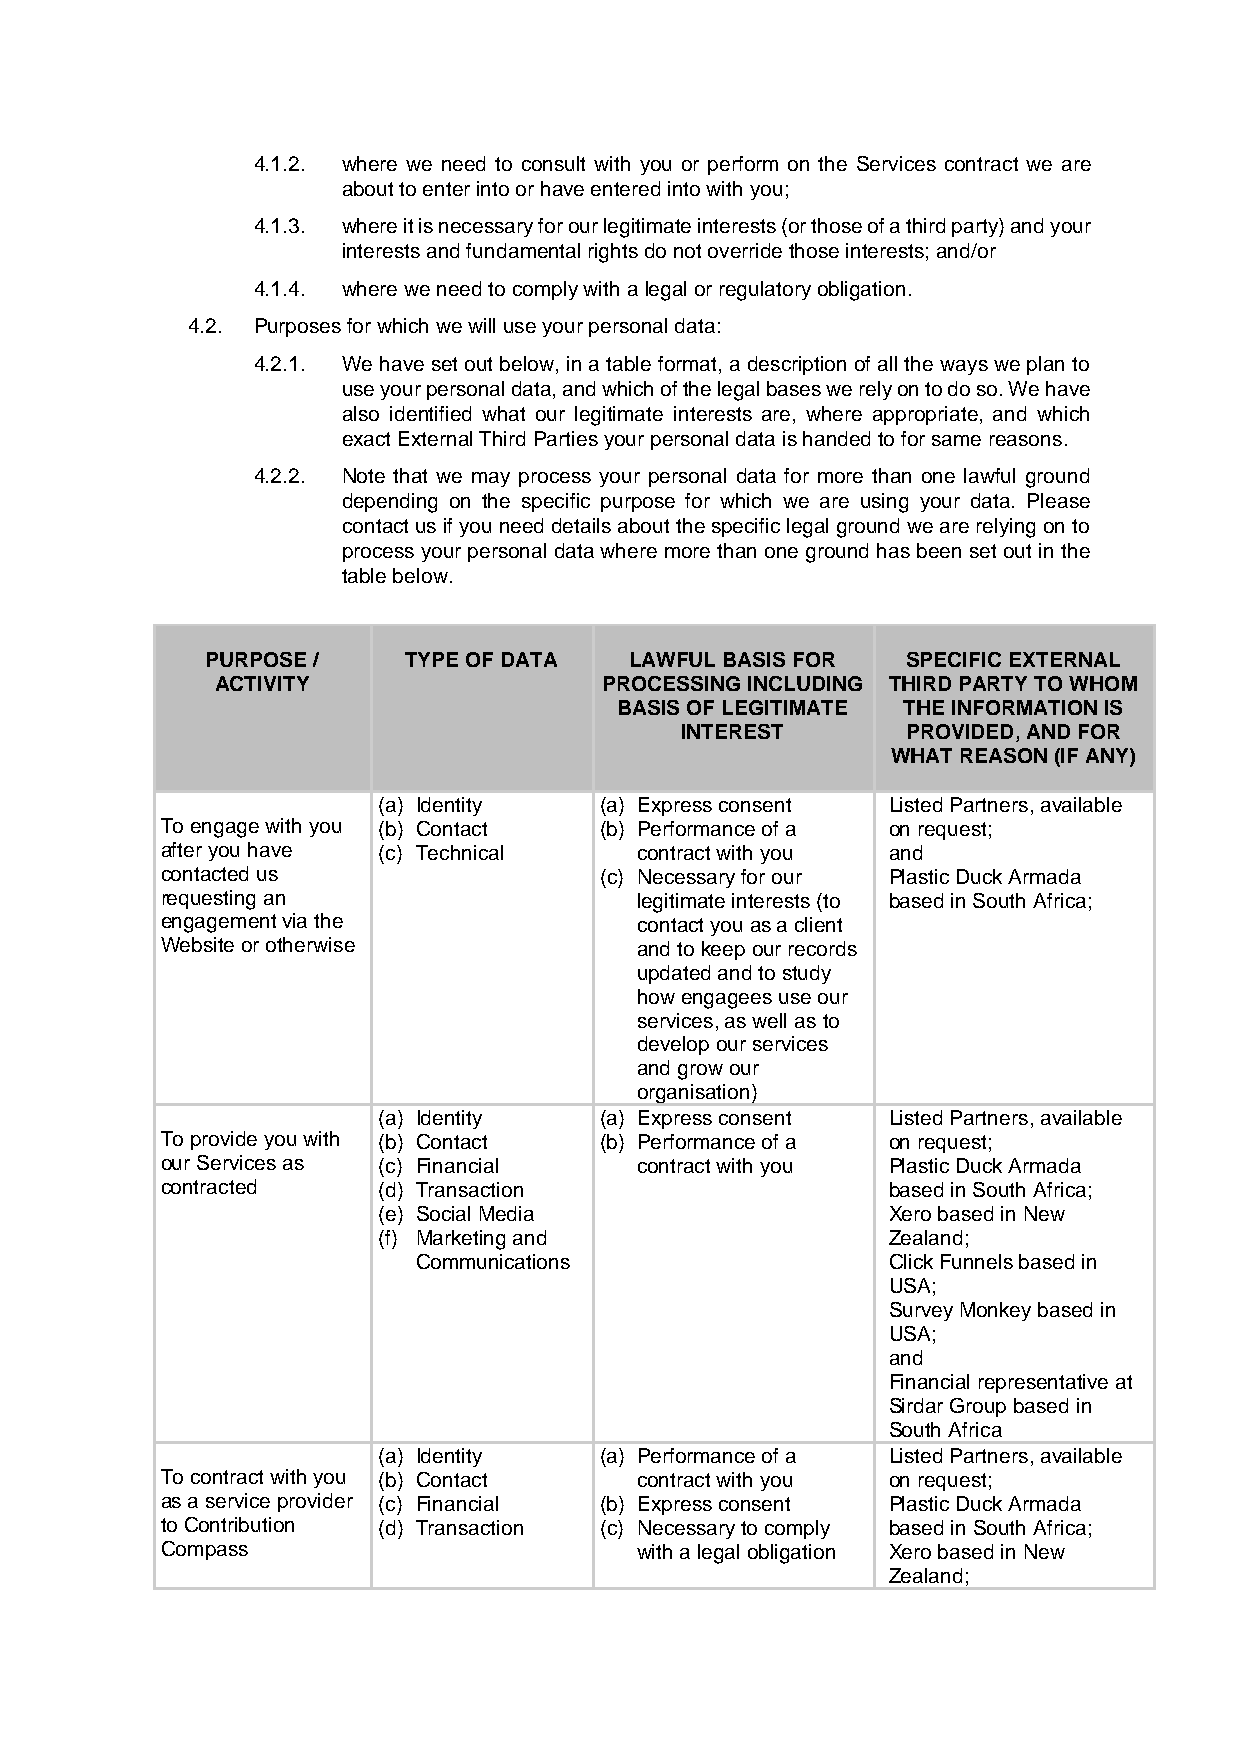
4.1.2. where we need to consult with you or perform on the Services contract we are
 about to enter into or have entered into with you;
 4.1.3. where it is necessary for our legitimate interests (or those of a third party) and your
 interests and fundamental rights do not override those interests; and/or
 4.1.4. where we need to comply with a legal or regulatory obligation.
 4.2. Purposes for which we will use your personal data:
 4.2.1. We have set out below, in a table format, a description of all the ways we plan to
 use your personal data, and which of the legal bases we rely on to do so. We have
 also identified what our legitimate interests are, where appropriate, and which
 exact External Third Parties your personal data is handed to for same reasons.
 4.2.2. Note that we may process your personal data for more than one lawful ground
 depending on the specific purpose for which we are using your data. Please
 contact us if you need details about the specific legal ground we are relying on to
 process your personal data where more than one ground has been set out in the
 table below.
 PURPOSE /    TYPE OF DATA   LAWFUL BASIS FOR  SPECIFIC EXTERNAL
 ACTIVITY                  PROCESSING INCLUDING THIRD PARTY TO WHOM
 BASIS OF LEGITIMATE THE INFORMATION IS
 INTEREST       PROVIDED, AND FOR
 WHAT REASON (IF ANY)
 (a) Identity   (a) Express consent Listed Partners, available
 To engage with you (b) Contact (b) Performance of a on request;
 after you have (c) Technical   contract with you and
 contacted us                 (c) Necessary for our Plastic Duck Armada
 requesting an                  legitimate interests (to based in South Africa;
 engagement via the             contact you as a client
 Website or otherwise           and to keep our records
 updated and to study
 how engagees use our
 services, as well as to
 develop our services
 and grow our
 organisation)
 (a) Identity   (a) Express consent Listed Partners, available
 To provide you with (b) Contact (b) Performance of a on request;
 our Services as (c) Financial  contract with you Plastic Duck Armada
 contracted    (d) Transaction                   based in South Africa;
 (e) Social Media                  Xero based in New
 (f) Marketing and                 Zealand;
 Communications                 Click Funnels based in
 USA;
 Survey Monkey based in
 USA;
 and
 Financial representative at
 Sirdar Group based in
 South Africa
 (a) Identity   (a) Performance of a Listed Partners, available
 To contract with you (b) Contact contract with you on request;
 as a service provider (c) Financial (b) Express consent Plastic Duck Armada
 to Contribution (d) Transaction (c) Necessary to comply based in South Africa;
 Compass                        with a legal obligation Xero based in New
 Zealand;